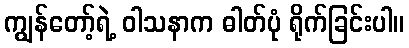
ကျွန်တော့်ရဲ့ ဝါသနာက ဓါတ်ပုံ ရိုက်ခြင်းပါ။